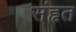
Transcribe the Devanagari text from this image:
संहृत